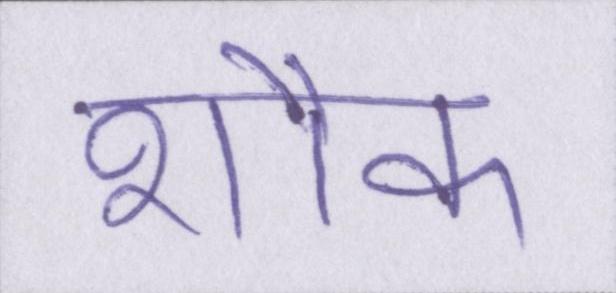
शौक